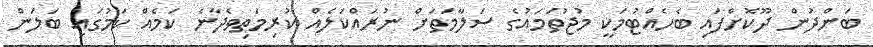
ބަންދުން ދޫކޮށްފައި ބެހެއްޓުމަކީ މުޖުތަމައުގެ ސަލާމަތަށް ނުރައްކަލެއް ކުރިމަތިވެދާނެ ކަމެއް ކަމުގައި ބަލަން